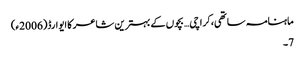
ماہنامہ ساتھی،کراچی… بچوں کے بہترین شاعر کا ایوارڈ(2006ء)
7۔